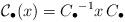
LaTeX: \begin{align*}\mathcal{C}_\bullet(x) = {C_\bullet}^{-1} x \, C_\bullet\end{align*}